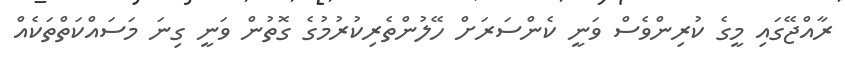
ރާއްޖޭގައި މީގެ ކުރިންވެސް ވަނީ ކެންސަރަށް ހޭލުންތެރިކުރުމުގެ ގޮތުން ވަނީ ގިނަ މަސައްކަތްތަކެއް